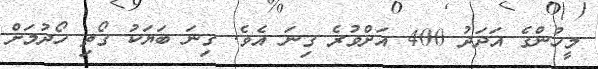
މީހުންގެ އަދަދު 400 އަށްވުރެ ގިނަ އެވެ. ގިނަ ބަޔަކު ގޯތި ހޯދުމަށް